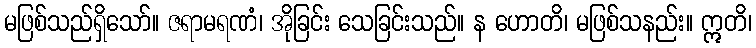
မဖြစ်သည်ရှိသော်။ ဇရာမရဏံ၊ အိုခြင်း သေခြင်းသည်။ န ဟောတိ၊ မဖြစ်သနည်း။ ဣတိ၊